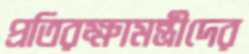
প্রতিরক্ষামন্ত্রীদের